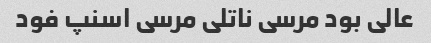
عالی بود مرسی ناتلی مرسی اسنپ فود